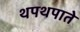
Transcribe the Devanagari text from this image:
थपथपाते